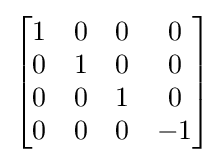
{\begin{bmatrix}1&0&0&0\\0&1&0&0\\0&0&1&0\\0&0&0&-1\end{bmatrix}}